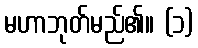
မဟာဘုတ်မည်၏။ (၁)